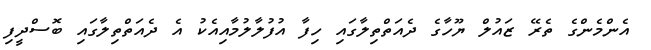
އެންމެންގެ ތެރޭ ޒައުލް ޔޫހާގެ ދެއަތްތިލާގައި ހިފާ އުފުލާލުމާއިއެކު އެ ދެއަތްތިލާގައި ބޮސްދީފި